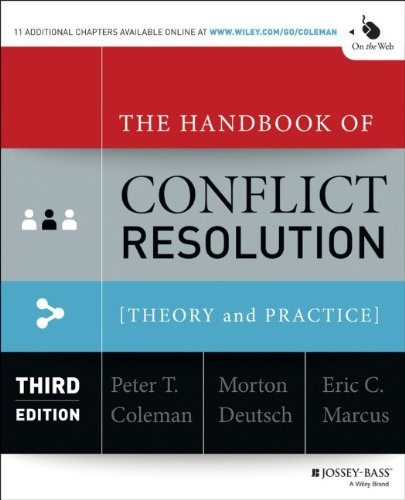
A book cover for The Handbook of Conflict Resolution: Theory and Practice; Politics & Social Sciences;